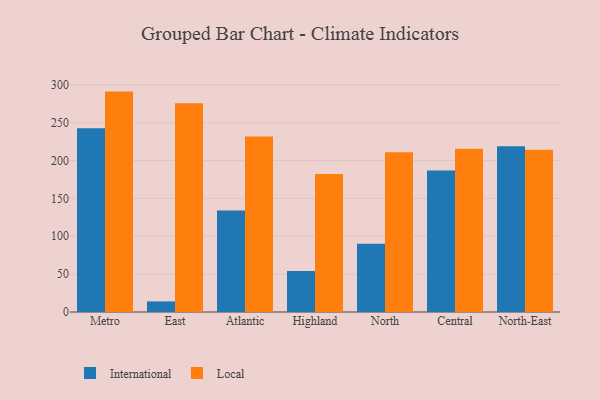
{"axis": {"x": "Region", "y": "Customer Acquisition Cost (USD)"}, "legend": ["International", "Local"], "data": [{"x": "Metro", "y": 242.6, "type": "International"}, {"x": "Metro", "y": 291.1, "type": "Local"}, {"x": "East", "y": 14.0, "type": "International"}, {"x": "East", "y": 275.7, "type": "Local"}, {"x": "Atlantic", "y": 134.2, "type": "International"}, {"x": "Atlantic", "y": 231.9, "type": "Local"}, {"x": "Highland", "y": 54.3, "type": "International"}, {"x": "Highland", "y": 182.4, "type": "Local"}, {"x": "North", "y": 90.3, "type": "International"}, {"x": "North", "y": 210.9, "type": "Local"}, {"x": "Central", "y": 186.9, "type": "International"}, {"x": "Central", "y": 215.7, "type": "Local"}, {"x": "North-East", "y": 219.0, "type": "International"}, {"x": "North-East", "y": 214.3, "type": "Local"}]}